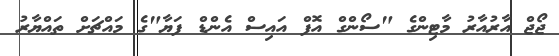
ޖޯޖް އާރުއާރު މާޓިންގެ "ސޯންގް އޮފް އައިސް އެންޑް ފަޔާ"ގެ މައްޗަށް ތައްޔާރު